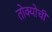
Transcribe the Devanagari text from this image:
तोक्योची